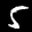
Label: 5